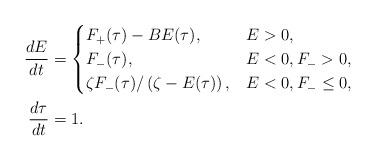
LaTeX: \begin{align*}\begin{aligned}\frac{dE}{dt}&=\begin{cases}F_+(\tau) - B E(\tau), &E > 0, \\F_-(\tau), &E<0, F_->0,\\\zeta F_-(\tau)/\left(\zeta - E(\tau)\right), &E<0, F_- \le 0,\end{cases} \\\frac{d \tau}{dt}&=1.\end{aligned}\end{align*}